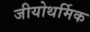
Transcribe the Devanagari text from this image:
जीयोथर्मिक